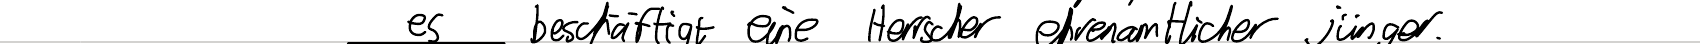
es beschäftigt eine Herrscher ehrenamtlicher jünger.